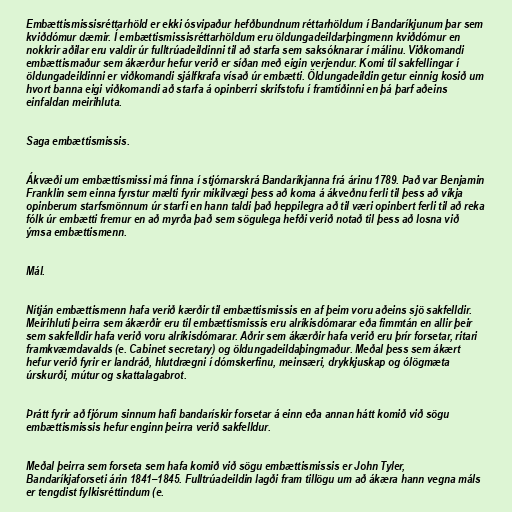
Embættismissisréttarhöld er ekki ósvipaður hefðbundnum réttarhöldum í Bandaríkjunum þar sem
kviðdómur dæmir. Í embættismissisréttarhöldum eru öldungadeildarþingmenn kviðdómur en
nokkrir aðilar eru valdir úr fulltrúadeildinni til að starfa sem saksóknarar í málinu. Viðkomandi
embættismaður sem ákærður hefur verið er síðan með eigin verjendur. Komi til sakfellingar í
öldungadeildinni er viðkomandi sjálfkrafa vísað úr embætti. Öldungadeildin getur einnig kosið um
hvort banna eigi viðkomandi að starfa á opinberri skrifstofu í framtíðinni en þá þarf aðeins
einfaldan meirihluta.

Saga embættismissis.

Ákvæði um embættismissi má finna í stjórnarskrá Bandaríkjanna frá árinu 1789. Það var Benjamin
Franklin sem einna fyrstur mælti fyrir mikilvægi þess að koma á ákveðnu ferli til þess að víkja
opinberum starfsmönnum úr starfi en hann taldi það heppilegra að til væri opinbert ferli til að reka
fólk úr embætti fremur en að myrða það sem sögulega hefði verið notað til þess að losna við
ýmsa embættismenn.

Mál.

Nítján embættismenn hafa verið kærðir til embættismissis en af þeim voru aðeins sjö sakfelldir.
Meirihluti þeirra sem ákærðir eru til embættismissis eru alríkisdómarar eða fimmtán en allir þeir
sem sakfelldir hafa verið voru alríkisdómarar. Aðrir sem ákærðir hafa verið eru þrír forsetar, ritari
framkvæmdavalds (e. Cabinet secretary) og öldungadeildaþingmaður. Meðal þess sem ákært
hefur verið fyrir er landráð, hlutdrægni í dómskerfinu, meinsæri, drykkjuskap og ólögmæta
úrskurði, mútur og skattalagabrot.

Þrátt fyrir að fjórum sinnum hafi bandarískir forsetar á einn eða annan hátt komið við sögu
embættismissis hefur enginn þeirra verið sakfelldur.

Meðal þeirra sem forseta sem hafa komið við sögu embættismissis er John Tyler,
Bandaríkjaforseti árin 1841–1845. Fulltrúadeildin lagði fram tillögu um að ákæra hann vegna máls
er tengdist fylkisréttindum (e.